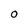
Character: 0